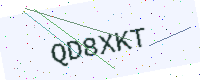
Text: QD8XKT